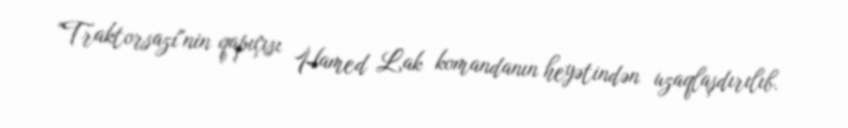
"Traktorsazi"nin qapıçısı Hamed Lak komandanın heyətindən uzaqlaşdırılıb.